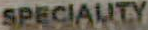
SPECIALITY